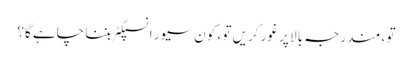
تو ، مندرجہ بالا پر غور کریں تو ، کون سیور انسپکٹر بننا چاہے گا؟